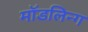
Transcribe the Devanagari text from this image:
मॉडलिन्ग